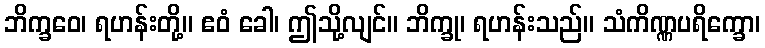
ဘိက္ခဝေ၊ ရဟန်းတို့။ ဧဝံ ခေါ၊ ဤသို့လျင်။ ဘိက္ခု၊ ရဟန်းသည်။ သံကိဏ္ဏပရိက္ခော၊